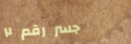
جسر رقم ٢